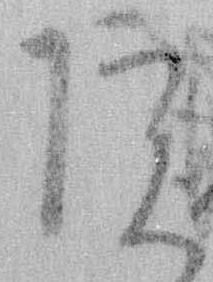
院